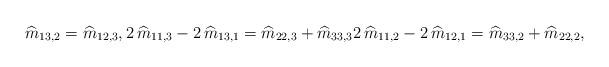
LaTeX: \begin{align*}\widehat{ {m}}_{13,2}=\widehat{ {m}}_{12,3}, 2\, \widehat{ {m}}_{11,3}-2\,\widehat{ {m}}_{13,1}=\widehat{ {m}}_{22,3}+\widehat{ {m}}_{33,3} 2\, \widehat{ {m}}_{11,2}-2\,\widehat{ {m}}_{12,1}=\widehat{ {m}}_{33,2}+\widehat{ {m}}_{22,2},\end{align*}